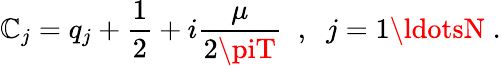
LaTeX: \mathbb{C}_{j}=q_{j}+\frac{{1}}{{2}}+i\frac{\mu}{{2\piT}}\; \; ,\; \; j=1\ldotsN\; .